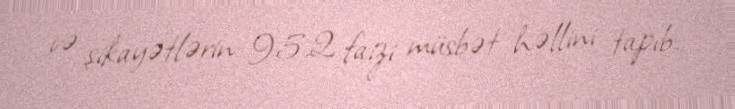
və şikayətlərin 95.2 faizi müsbət həllini tapıb.